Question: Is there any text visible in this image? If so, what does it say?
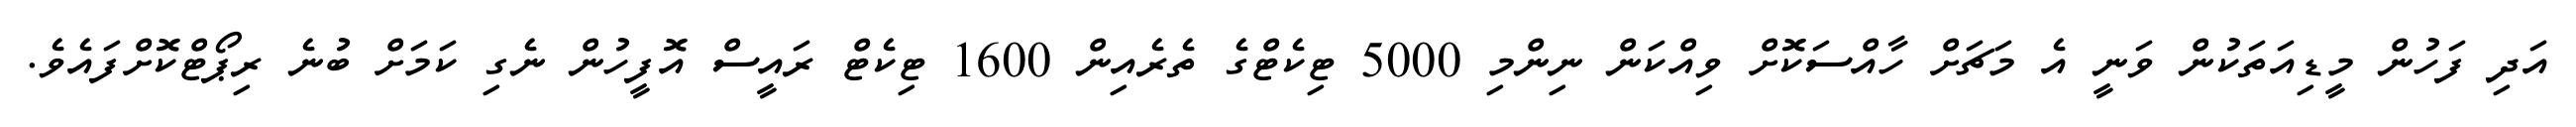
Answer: އަދި ފަހުން މީޑިއަތަކުން ވަނީ އެ މަޗަށް ހާއްސަކޮށް ވިއްކަން ނިންމި 5000 ޓިކެޓްގެ ތެރެއިން 1600 ޓިކެޓް ރައީސް އޮފީހުން ނެގި ކަމަށް ބުނެ ރިޕޯޓްކޮށްފައެވެ.